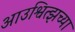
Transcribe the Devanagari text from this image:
आउश्वित्झच्या